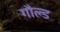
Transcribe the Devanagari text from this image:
गौल्ड